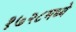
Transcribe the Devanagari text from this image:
१७२८मध्ये